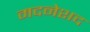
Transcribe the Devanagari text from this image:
मदनेशद